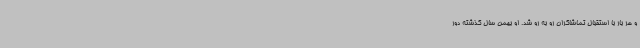
و هر بار با استقبال تماشاگران رو به رو شد. او بهمن سال گذشته دور